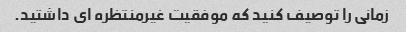
زمانی را توصیف کنید که موفقیت غیرمنتظره ای داشتید.